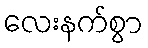
လေးနက်စွာ